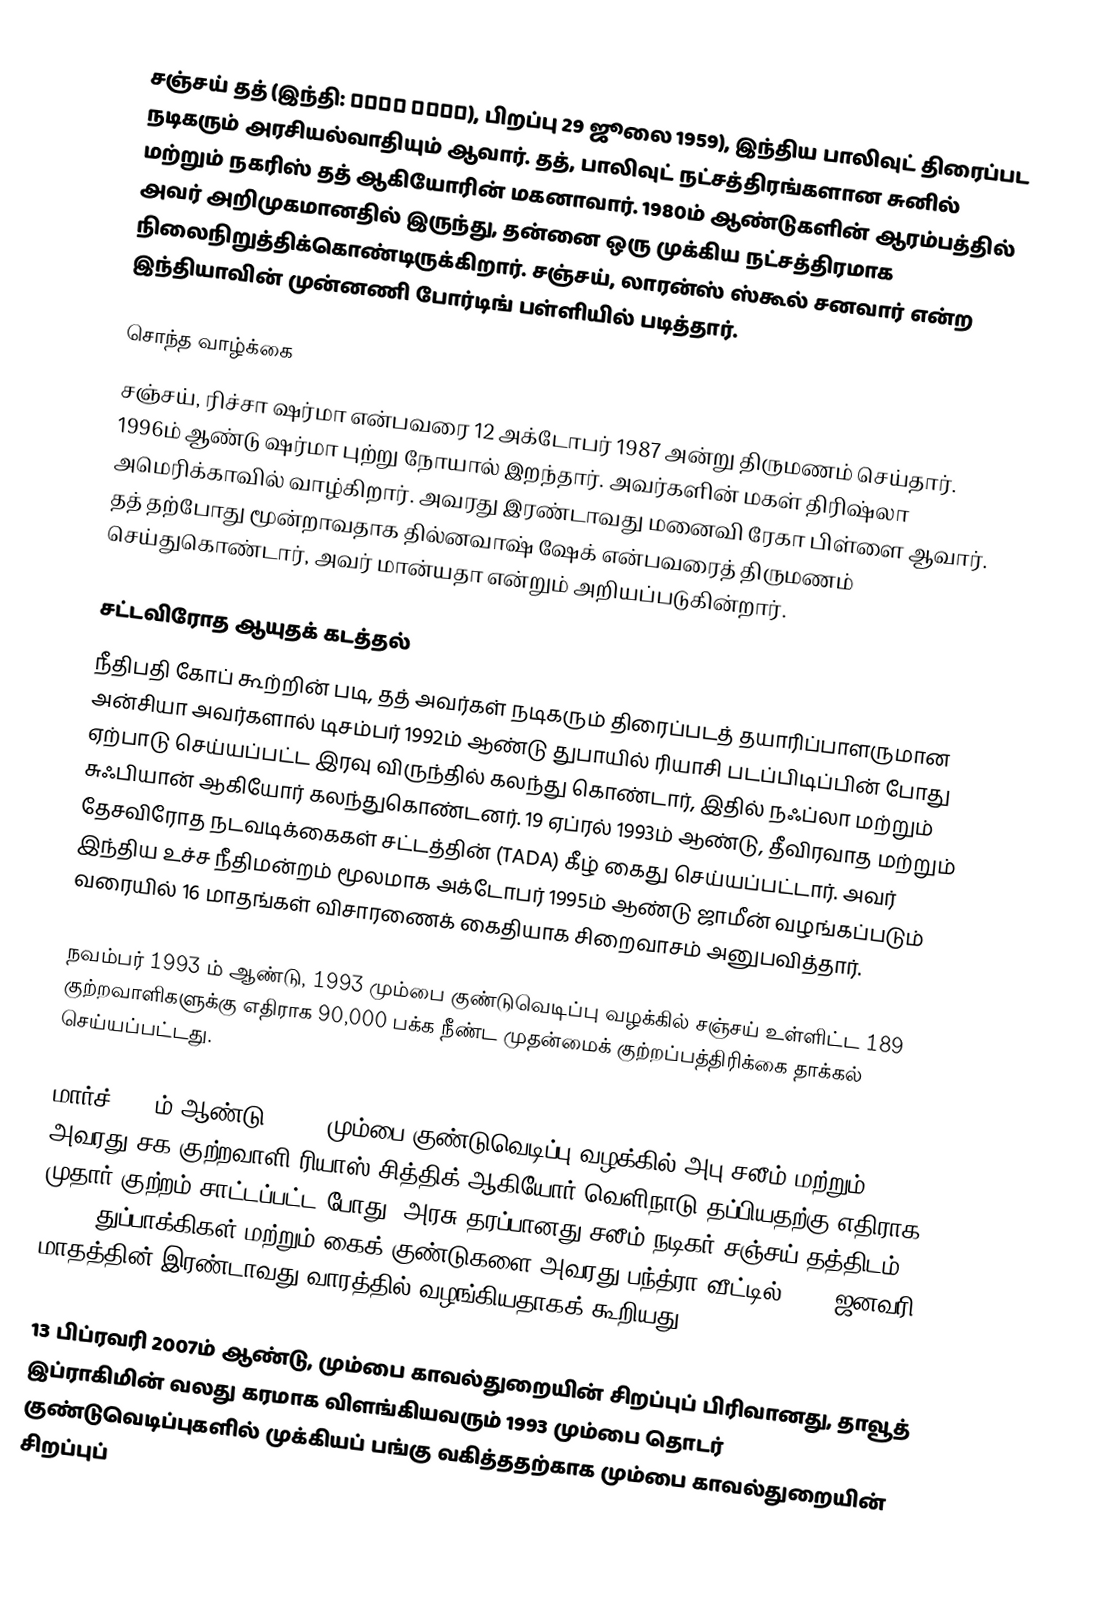
சஞ்சய் தத்  (இந்தி: संजय दत्त), பிறப்பு 29 ஜூலை 1959), இந்திய பாலிவுட் திரைப்பட நடிகரும் அரசியல்வாதியும் ஆவார். தத், பாலிவுட் நட்சத்திரங்களான சுனில் மற்றும் நகரிஸ் தத் ஆகியோரின் மகனாவார். 1980ம் ஆண்டுகளின் ஆரம்பத்தில் அவர் அறிமுகமானதில் இருந்து, தன்னை  ஒரு முக்கிய நட்சத்திரமாக நிலைநிறுத்திக்கொண்டிருக்கிறார். சஞ்சய், லாரன்ஸ் ஸ்கூல் சனவார் என்ற இந்தியாவின் முன்னணி போர்டிங் பள்ளியில் படித்தார்.

சொந்த வாழ்க்கை
சஞ்சய், ரிச்சா ஷர்மா என்பவரை 12 அக்டோபர் 1987 அன்று திருமணம் செய்தார். 1996ம் ஆண்டு ஷர்மா புற்று நோயால் இறந்தார். அவர்களின் மகள் திரிஷ்லா அமெரிக்காவில் வாழ்கிறார். அவரது இரண்டாவது மனைவி ரேகா பிள்ளை ஆவார். தத் தற்போது மூன்றாவதாக தில்னவாஷ் ஷேக் என்பவரைத் திருமணம் செய்துகொண்டார், அவர் மான்யதா என்றும் அறியப்படுகின்றார்.

சட்டவிரோத ஆயுதக் கடத்தல்
நீதிபதி கோப் கூற்றின் படி, தத் அவர்கள் நடிகரும் திரைப்படத் தயாரிப்பாளருமான அன்சியா அவர்களால் டிசம்பர் 1992ம் ஆண்டு துபாயில் ரியாசி  படப்பிடிப்பின் போது ஏற்பாடு செய்யப்பட்ட இரவு விருந்தில் கலந்து கொண்டார், இதில் நஃப்லா மற்றும் சுஃபியான் ஆகியோர் கலந்துகொண்டனர். 19 ஏப்ரல் 1993ம் ஆண்டு, தீவிரவாத மற்றும் தேசவிரோத நடவடிக்கைகள் சட்டத்தின் (TADA) கீழ் கைது செய்யப்பட்டார். அவர் இந்திய உச்ச நீதிமன்றம் மூலமாக அக்டோபர் 1995ம் ஆண்டு ஜாமீன் வழங்கப்படும் வரையில் 16 மாதங்கள் விசாரணைக் கைதியாக சிறைவாசம் அனுபவித்தார்.

நவம்பர் 1993 ம் ஆண்டு, 1993 மும்பை குண்டுவெடிப்பு வழக்கில் சஞ்சய் உள்ளிட்ட 189 குற்றவாளிகளுக்கு எதிராக 90,000 பக்க நீண்ட முதன்மைக் குற்றப்பத்திரிக்கை தாக்கல் செய்யப்பட்டது.

மார்ச் 2006ம் ஆண்டு, 1993 மும்பை குண்டுவெடிப்பு வழக்கில் அபு சலீம் மற்றும் அவரது சக குற்றவாளி ரியாஸ் சித்திக் ஆகியோர் வெளிநாடு தப்பியதற்கு எதிராக முதார் குற்றம் சாட்டப்பட்ட போது, அரசு தரப்பானது சலீம் நடிகர் சஞ்சய் தத்திடம் 9 AK-56 துப்பாக்கிகள் மற்றும் கைக் குண்டுகளை அவரது பந்த்ரா வீட்டில் 1993 ஜனவரி மாதத்தின் இரண்டாவது வாரத்தில் வழங்கியதாகக் கூறியது.

13 பிப்ரவரி 2007ம் ஆண்டு, மும்பை காவல்துறையின் சிறப்புப் பிரிவானது, தாவூத் இப்ராகிமின் வலது கரமாக விளங்கியவரும் 1993 மும்பை தொடர் குண்டுவெடிப்புகளில் முக்கியப் பங்கு வகித்ததற்காக மும்பை காவல்துறையின் சிறப்புப்